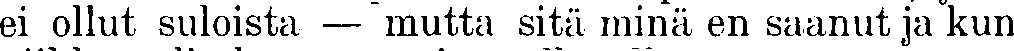
ei ollut suloista — mutta sitä minä en saanut ja kun